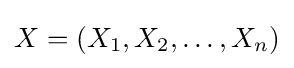
X=(X_{1},X_{2},\ldots ,X_{n})